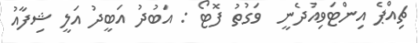
ޗިއްޕެ އިންޓަވިއުދެނީ  ވަގުތު ފޮޓޯ : އަބުދު އަބީދު އަލީ ޝިފާއު